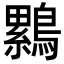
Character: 𮭒